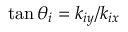
\tan \theta _ { i } = { k _ { i y } } / { k _ { i x } }